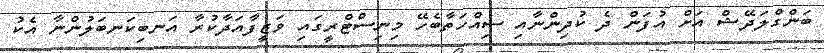
ބަންގްލަދޭޝް އަށް އުފަން ދެ ކުދިންނާއި ސިއްހަތާބެހޭ މިނިސްޓްރީގައި ވަޒީފާއަދާކުރާ އަނބިކަނބަލުންނާ އެކު